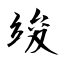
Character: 竣